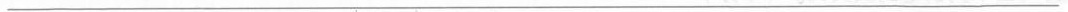
___